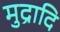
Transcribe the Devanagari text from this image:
मुद्रादि